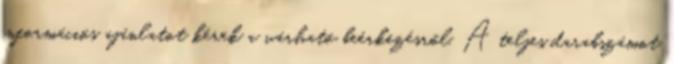
információs ajánlatot kérek a várható beérkezésről. A teljes darabszámot